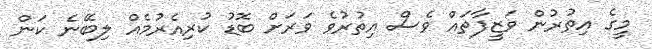
މީގެ އިތުރުން ވަޒީފާތައް ވެސް އިތުރުވެ ވަރަށް ބޮޑު ކުރިއެރުމެއް ލިބޭނެ ކަން